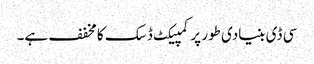
سی ڈی بنیادی طور پر کمپیکٹ ڈسک کا مخفف ہے۔